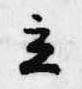
立